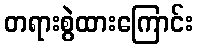
တရားစွဲထားကြောင်း